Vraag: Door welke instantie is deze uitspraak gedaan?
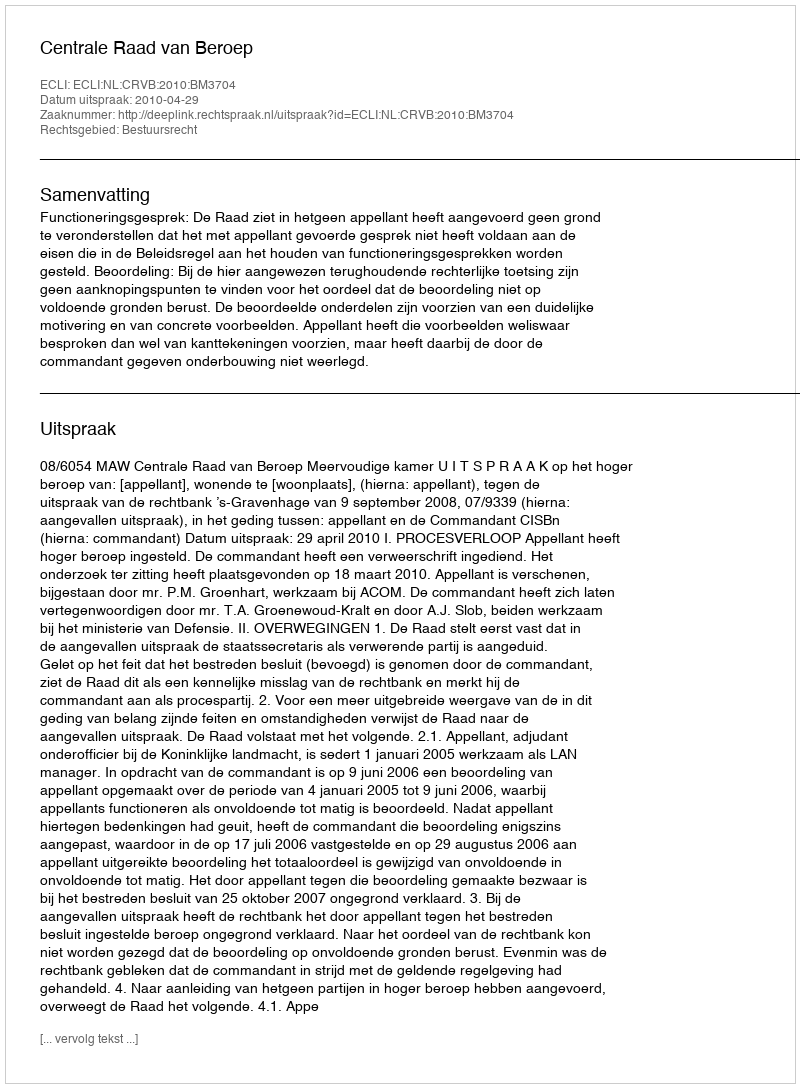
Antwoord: Centrale Raad van Beroep